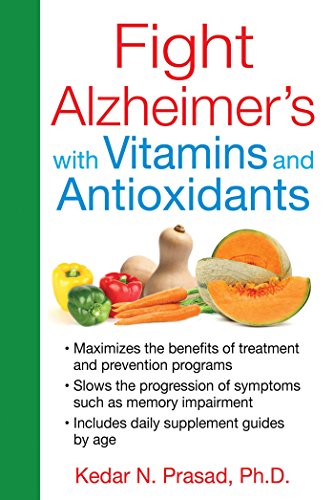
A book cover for Fight Alzheimer's with Vitamins and Antioxidants; Kedar N. Prasad Ph.D.; Health, Fitness & Dieting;